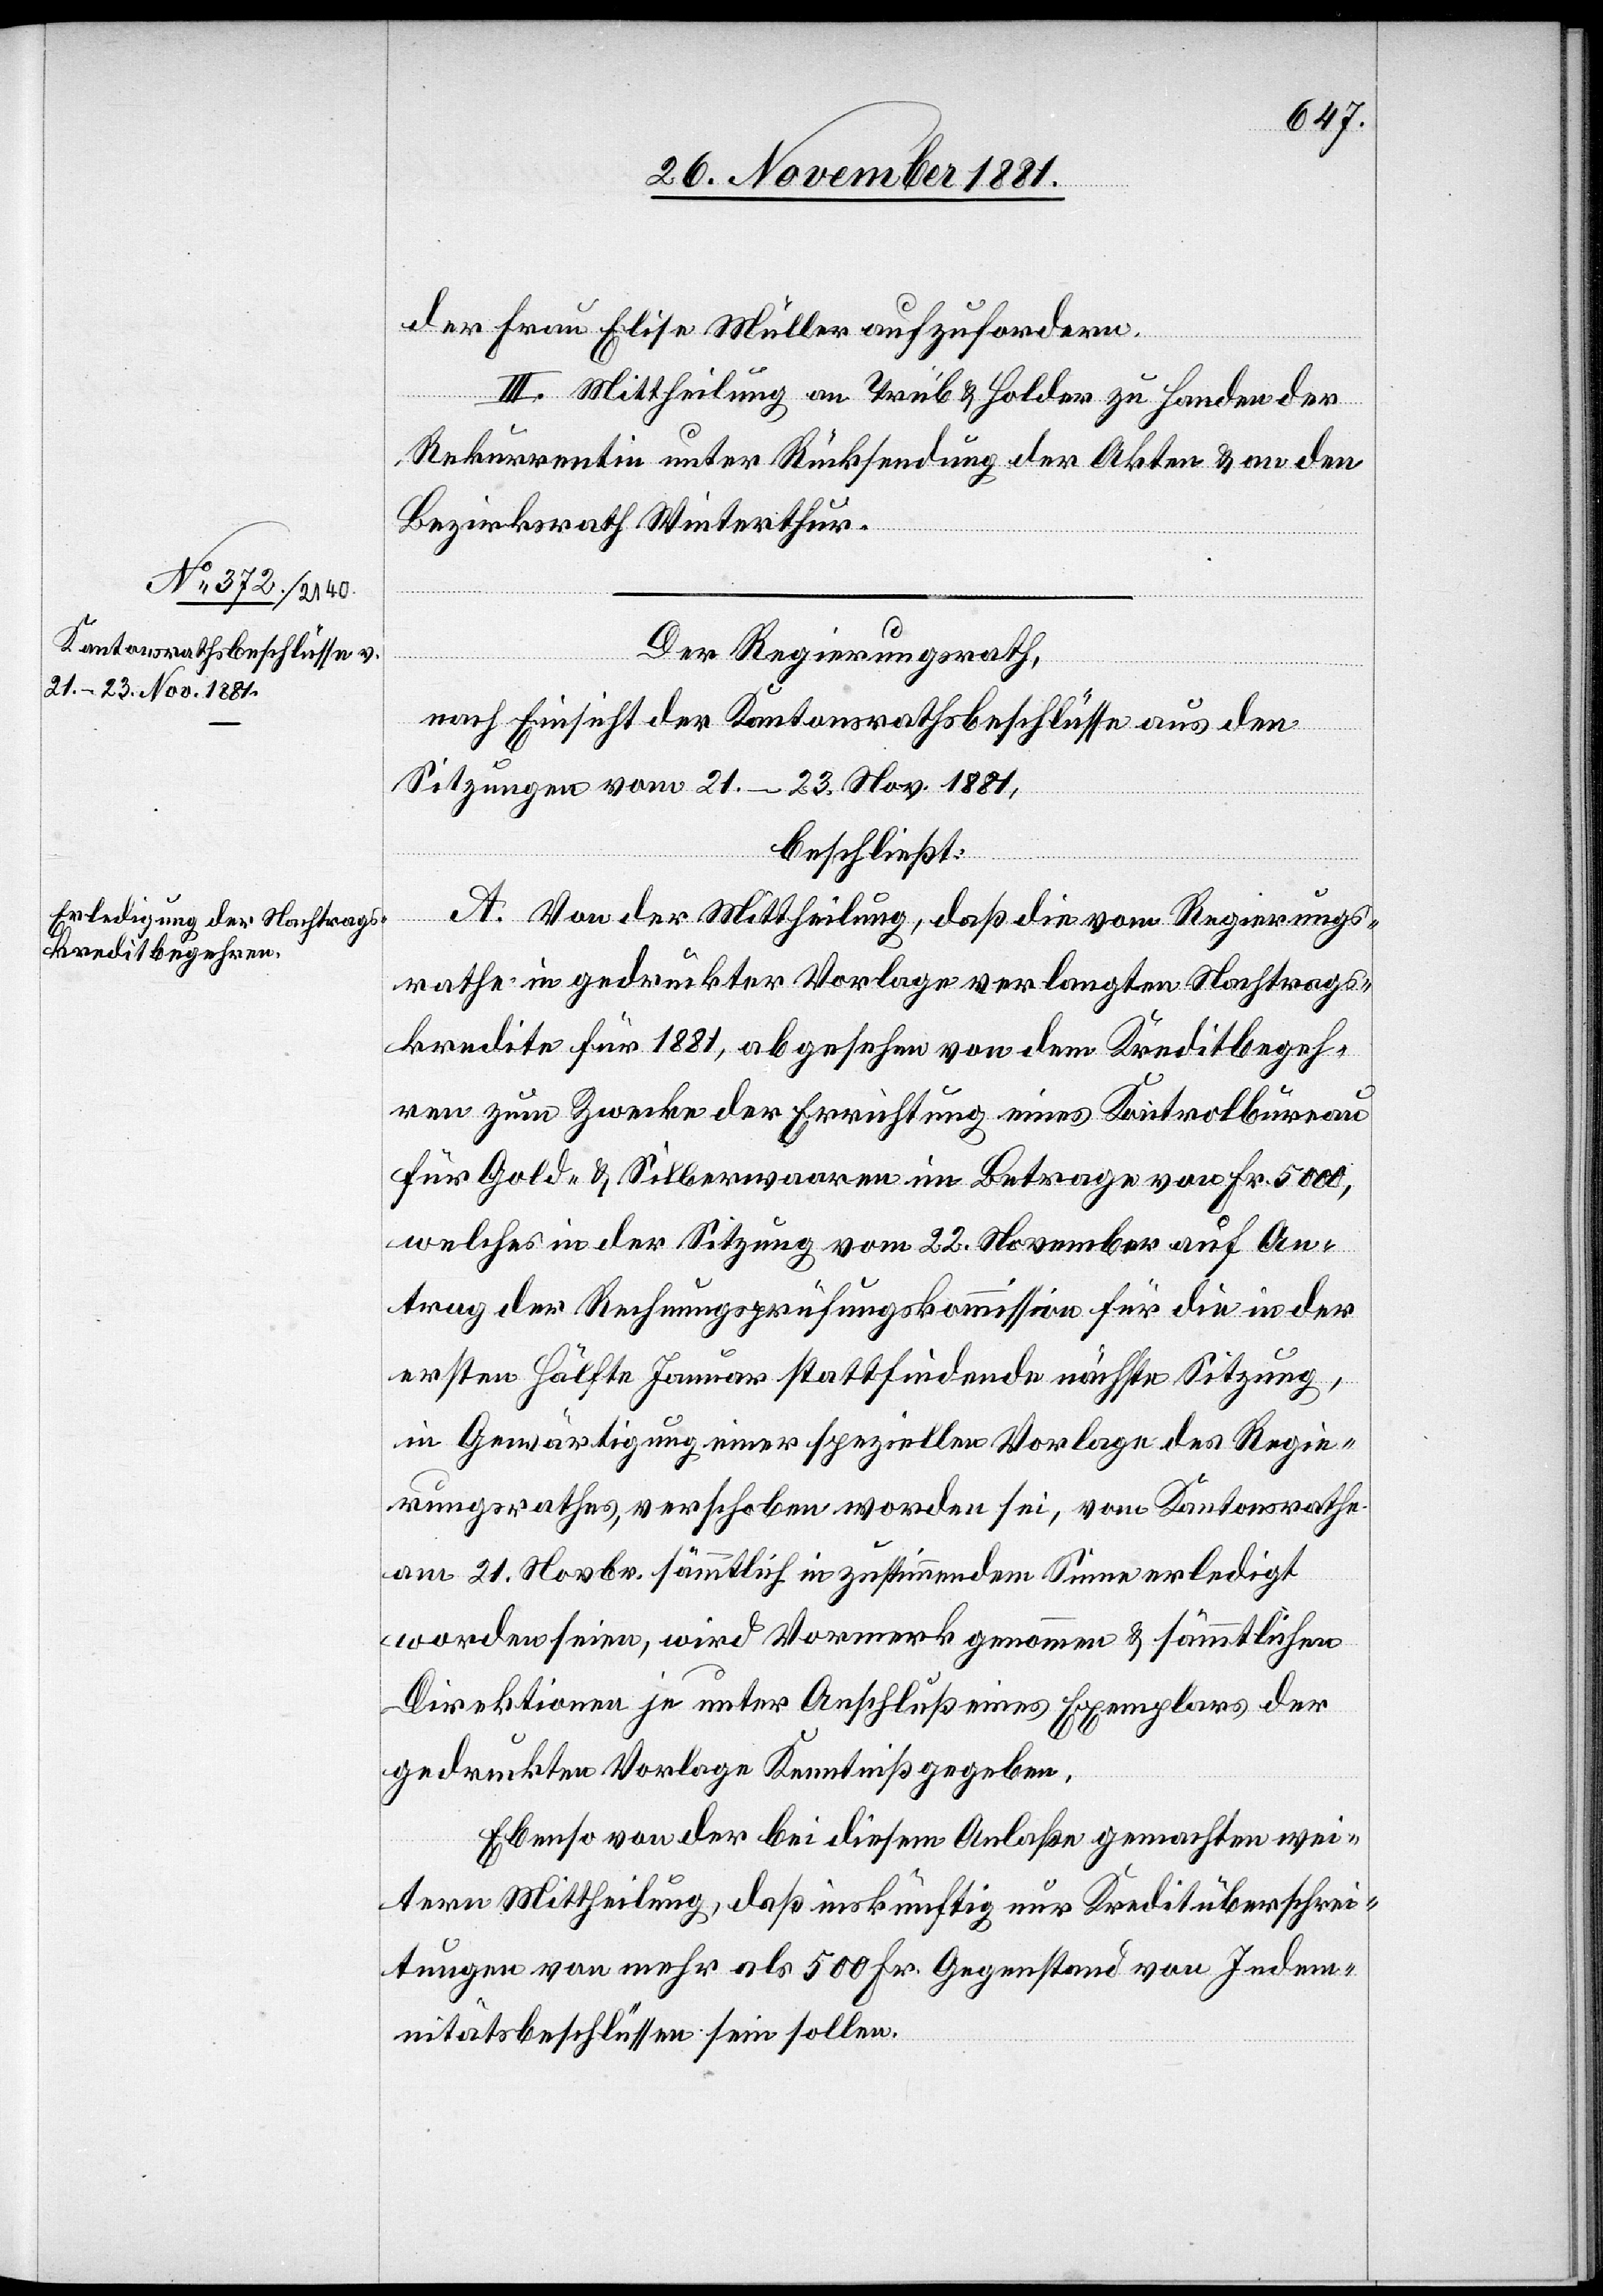
der Frau Elisa Müller aufzufordern.
IIII. Mittheilung an Trüb & Holder zu Handen der
Rekurrentin unter Rücksendung der Akten & an den
Bezirksrath Winterthur.
Der Regierungsrath,
nach Einsicht der Kantonsrathsbeschlüsse aus den
Sitzungen vom 21.–23. Nov. 1881,
beschließt:
A. Von der Mittheilung, daß die vom Regierungs¬
rathe in gedruckter Vorlage verlangten Nachtrags¬
kredite für 1881, abgesehen von dem Kreditbegeh¬
ren zum Zwecke der Errichtung eines Kontrolbureau
für Geld- & Silberwaaren im Betrage von Fr. 5000,
welches in der Sitzung vom 22. November auf An¬
trag der Rechnungsprüfungskommission für die in der
ersten Hälfte Januar stattfindenden nächsten Sitzung,
in Gewärtigung einer speziellen Vorlage des Regie¬
rungsrathes, verschoben worden sei, vom Kantonsrathe
am 21. Novbr. sämmtlich in zustimmendem Sinne erledigt
worden seien, wird Vormerk genommen & sämmtlichen
Direktionen je unter Anschluß eines Exemplares der
gedruckten Vorlage Kenntniß gegeben.
Ebenso von der bei diesem Anlaße gemachten wei¬
tern Mittheilung, daß inskünftig nur Kreditüberschrei¬
tungen von mehr als 500 Fr. Gegenstand von Indem¬
nitätsbeschlüssen sein sollen.